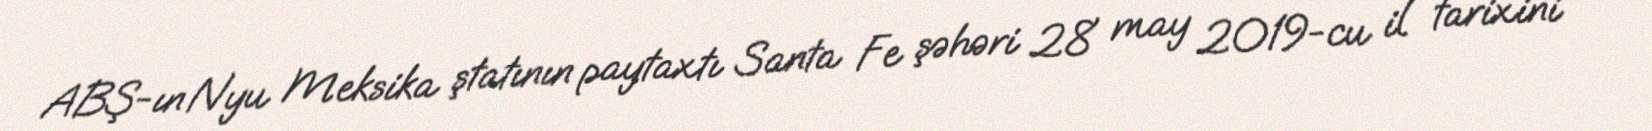
ABŞ-ın Nyu Meksika ştatının paytaxtı Santa Fe şəhəri 28 may 2019-cu il tarixini